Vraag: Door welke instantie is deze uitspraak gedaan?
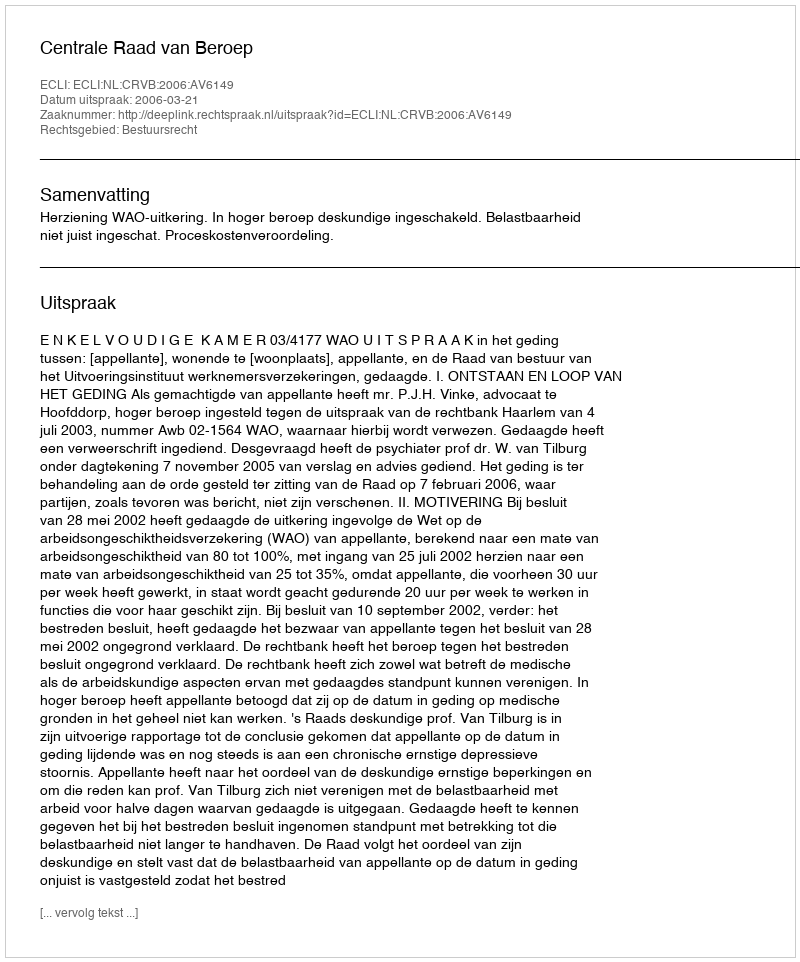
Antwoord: Centrale Raad van Beroep